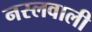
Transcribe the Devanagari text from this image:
नस्लवाली